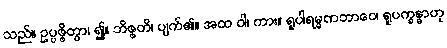
သည်။ ဥပ္ပဇ္ဇိတွာ၊ ၍။ ဘိဇ္ဇတိ၊ ပျက်၏။ အထ ဝါ၊ ကား။ ရူပါရမ္မဏဘာဝေ၊ ရူပက္ခန္ဓာဟု